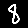
Digit: 8